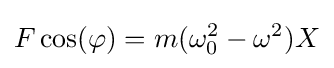
F\cos(\varphi )=m(\omega _{0}^{2}-\omega ^{2})X